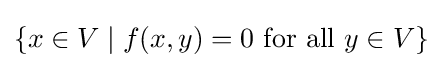
\{x\in V\mid f(x,y)=0{\mbox{ for all }}y\in V\}